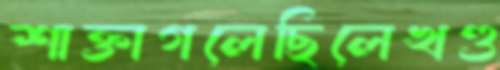
শাক্তাগলেছিলেখণ্ড